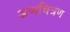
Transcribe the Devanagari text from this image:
अणचित्रण